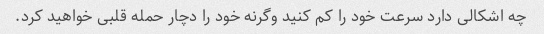
چه اشکالی دارد سرعت خود را کم کنید وگرنه خود را دچار حمله قلبی خواهید کرد.